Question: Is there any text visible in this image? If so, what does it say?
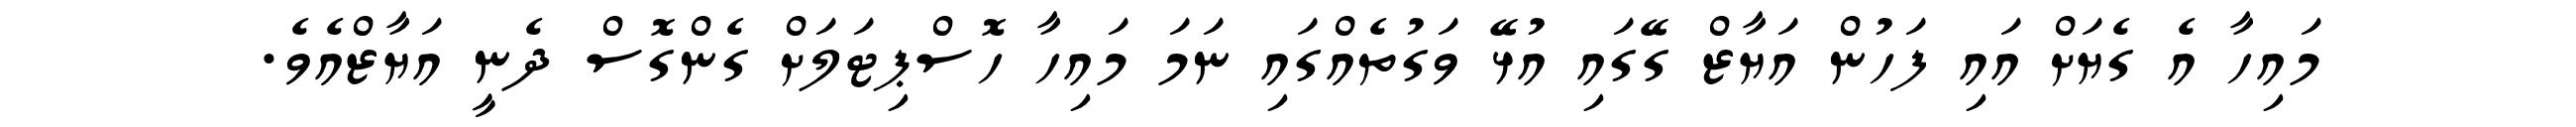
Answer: މައިހާ އެ ގެޔަށް އައި ފަހުން އަޔާޒް ގޭގައި އުޅޭ ވަގުތެއްގައި ނަމަ މައިހާ ހޮސްޕިޓަލަށް ގެންގޮސް ދެނީ އަޔާޒްއެވެ.